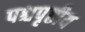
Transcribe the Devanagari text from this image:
पश्चपृष्ठीय